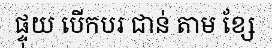
ផ្ទុយ បើកបរ ជាន់ តាម ខ្សែ